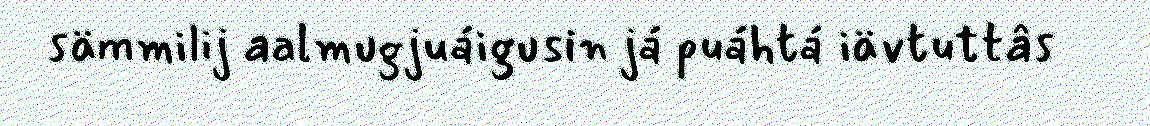
sämmilij aalmugjuáigusin já puáhtá iävtuttâs